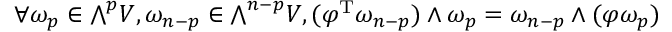
\forall \omega _ { p } \in { \textstyle \bigwedge } ^ { p } V , \omega _ { n - p } \in { \textstyle \bigwedge } ^ { n - p } V , ( \varphi ^ { \mathrm { T } } \omega _ { n - p } ) \wedge \omega _ { p } = \omega _ { n - p } \wedge ( \varphi \omega _ { p } )